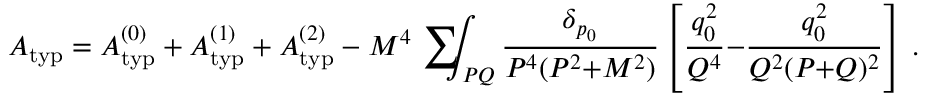
A _ { \mathrm { t y p } } = A _ { \mathrm { t y p } } ^ { ( 0 ) } + A _ { \mathrm { t y p } } ^ { ( 1 ) } + A _ { \mathrm { t y p } } ^ { ( 2 ) } - M ^ { 4 } \mathrm { ~ \sum ~ } \! \! \! \! \! \! \int _ { P Q } { \frac { \delta _ { p _ { 0 } } } { P ^ { 4 } ( P ^ { 2 } { + } M ^ { 2 } ) } } \left[ { \frac { q _ { 0 } ^ { 2 } } { Q ^ { 4 } } } { - } { \frac { q _ { 0 } ^ { 2 } } { Q ^ { 2 } ( P { + } Q ) ^ { 2 } } } \right] \, .